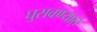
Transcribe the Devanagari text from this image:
घुसवण्यात